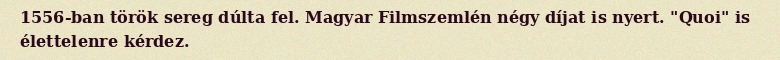
1556-ban török sereg dúlta fel. Magyar Filmszemlén négy díjat is nyert. "Quoi" is élettelenre kérdez.